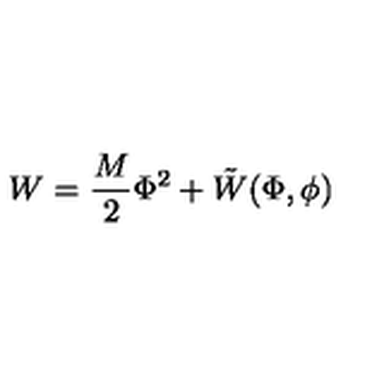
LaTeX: W = \frac { M } { 2 } \Phi ^ { 2 } + \tilde { W } ( \Phi , \phi )